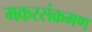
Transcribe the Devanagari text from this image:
मकरसंक्रमण